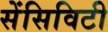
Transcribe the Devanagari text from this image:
सेंसिविटी